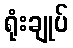
ရုံးချုပ်